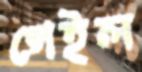
গেইল